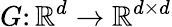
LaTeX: G\colon\mathbb{R}^{d}\to\mathbb{R}^{d\times d}